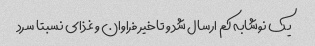
یک نوشابه کم ارسال شد و تاخیر فراوان و غذای نسبتا سرد